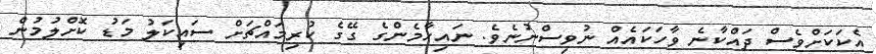
އެކަކަށްވެސް ދައްކާނެ ވާހަކައެއް ނުވިސްނުނެވެ. ނައިހާމެންގެ ގޭގެ ކުރިމައްޗަށް ސައިކަލު މަޑު ކޮށްލުމުން